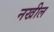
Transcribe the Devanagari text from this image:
नखील